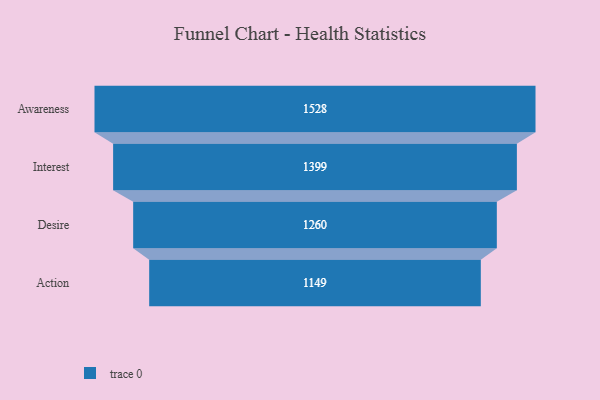
{"axis": {"x": "Stage", "y": "Value"}, "legend": [""], "data": [{"x": "Awareness", "y": 1528.0, "type": ""}, {"x": "Interest", "y": 1399.0, "type": ""}, {"x": "Desire", "y": 1260.0, "type": ""}, {"x": "Action", "y": 1149.0, "type": ""}]}